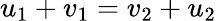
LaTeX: u_{1}+v_{1}=v_{2}+u_{2}